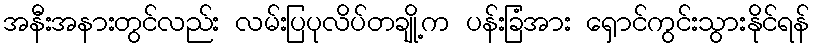
အနီးအနားတွင်လည်း လမ်းပြပုလိပ်တချို့က ပန်းခြံအား ရှောင်ကွင်းသွားနိုင်ရန်